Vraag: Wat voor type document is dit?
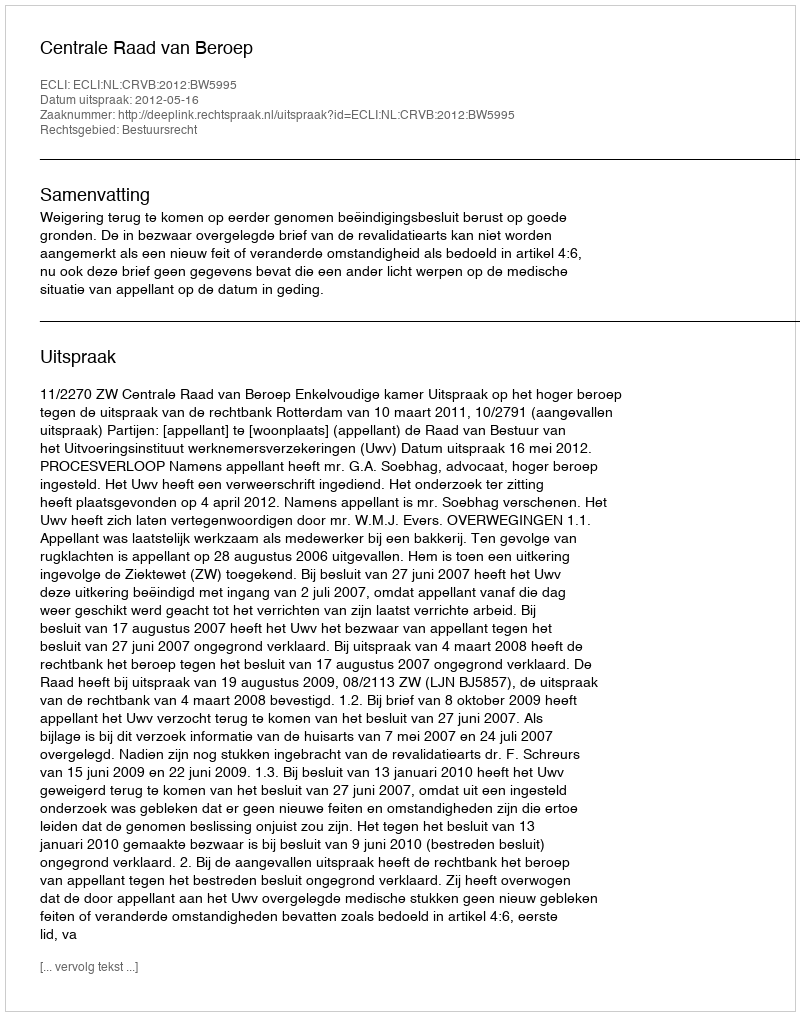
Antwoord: Uitspraak